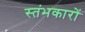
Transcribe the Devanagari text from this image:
स्‍तंभकारों